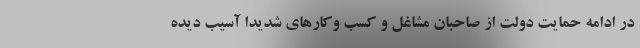
در ادامه حمایت دولت از صاحبان مشاغل و کسب وکارهای شدیدا آسیب دیده